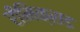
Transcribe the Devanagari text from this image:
रीमिक्सड